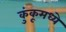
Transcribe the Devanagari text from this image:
कुंकूमध्ये